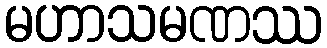
မဟာသမဏဿ